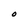
Character: O